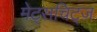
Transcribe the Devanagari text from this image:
मेट्सचिट्ज़